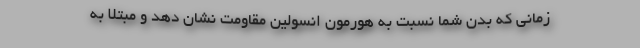
زمانی که بدن شما نسبت به هورمون انسولین مقاومت نشان دهد و مبتلا به